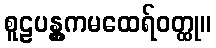
စူဠပန္တွကမထေရ်ဝတ္ထု။